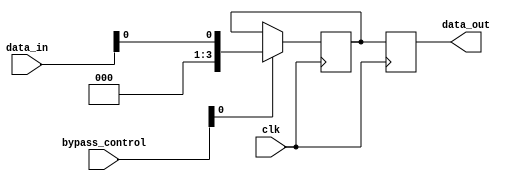
module bypass_register (
    input wire [3:0] bypass_control,
    input wire [3:0] data_in,
    input wire clk,
    output reg [3:0] data_out
);

reg [3:0] register[0:3];

always @ (posedge clk) begin
    if(bypass_control[0] == 1'b1) begin
        register[0] <= data_in[0];
    end
    if(bypass_control[1] == 1'b1) begin
        register[1] <= data_in[1];
    end
    if(bypass_control[2] == 1'b1) begin
        register[2] <= data_in[2];
    end
    if(bypass_control[3] == 1'b1) begin
        register[3] <= data_in[3];
    end

    data_out <= {register[3], register[2], register[1], register[0]};
    
end

endmodule